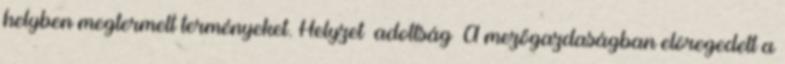
helyben megtermelt terményeket. Helyzet adottság ▪A mezőgazdaságban elöregedett a